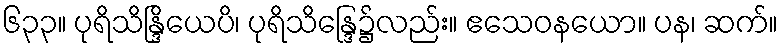
၆၃၃။ ပုရိသိန္ဒြိယေပိ၊ ပုရိသိန္ဒြေ၌လည်း။ ဧသေဝနယော။ ပန၊ ဆက်။